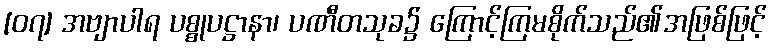
[၀၇] အဗျာပါရ ပစ္စုပဋ္ဌာနာ၊ ပဏီတသုခ၌ ကြောင့်ကြမစိုက်သည်၏အဖြစ်ဖြင့်